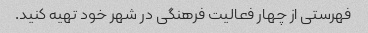
فهرستی از چهار فعالیت فرهنگی در شهر خود تهیه کنید.